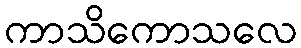
ကာသိကောသလေ